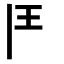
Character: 𩰋